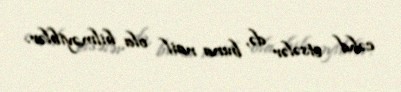
cəhd etsələr də, buna nail ola bilməyiblər.